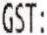
GST: